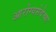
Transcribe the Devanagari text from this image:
आरोग्यसेवेच्या